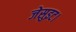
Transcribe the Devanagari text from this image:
जेसुइट।